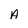
Character: A